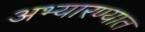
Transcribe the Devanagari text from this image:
अभ्यारण्यात